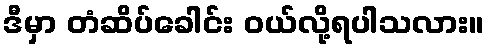
ဒီမှာ တံဆိပ်ခေါင်း ဝယ်လို့ရပါသလား။